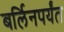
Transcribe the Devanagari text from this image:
बर्लिनपर्यंत